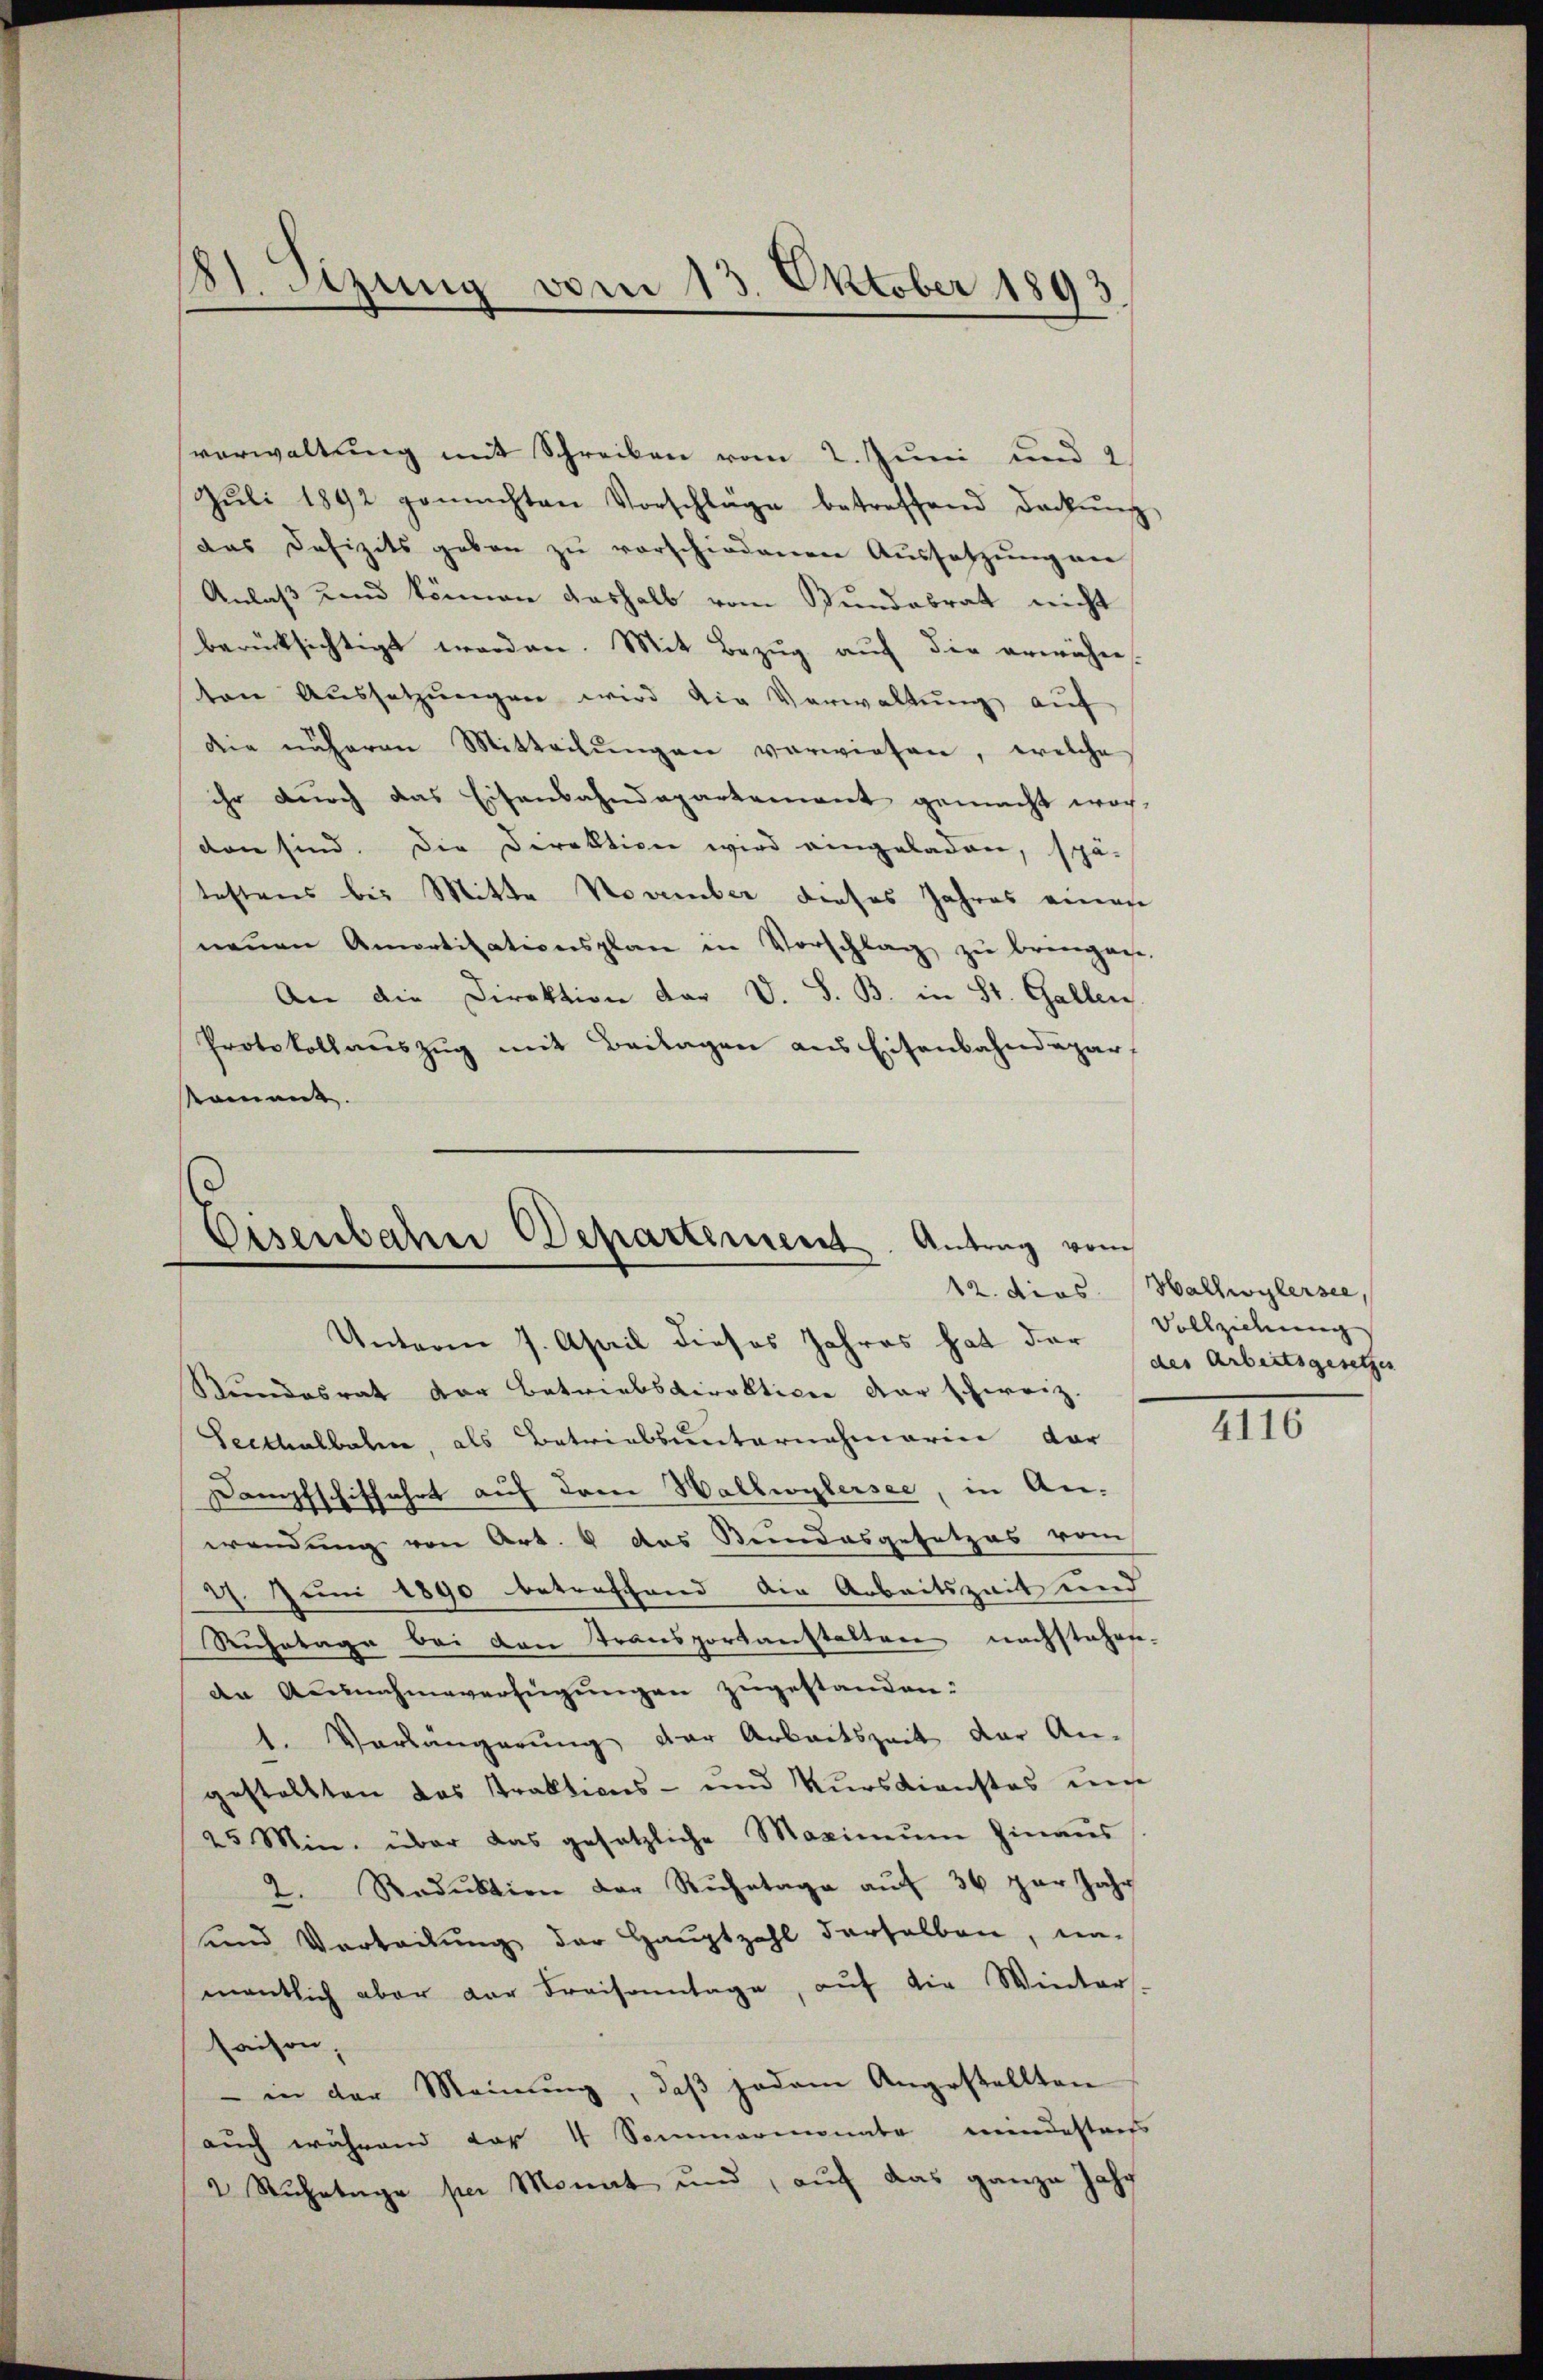
11. Sizung vom 13. Oktober 1893.

verwaltung mit Schreiben vom 2. Juni und
Jŭli 1892 gemachten Vorschläge betreffend deckŭng.
das Defizits geben zŭ verschiedenen Aŭssetzŭng an
Anlaß und können deshalb vom Gundobrat nicht
berücksichtigt werden. Mit Bezug auf die erwähne,
ton Aŭssetzŭngen wird die Verwaltŭng aŭf
Die näheren Mitteilŭngen verwiesen, welche
ihr durch das Eisenbahndepartement gemacht woch
den sind. Die Direktion wird eingeladen, spä-
testens bei Mitte November dieses Jahres einen
neŭen Amortisationsplan in Vorschlag zŭ bringen.
An die Direktion der V. S. B. in St. Gallen.
Protokollauszug mit Beilagen aus Eisenbahndepar
Koment.

Eisenbahn Departement. Antrag vom
Unterm 7. April dieses Jahres hat der arbeitsgenger

Kundesrat der Betriebsdirektione der schweiz.
Seethalbahne, als Betriebsunternehmerin dar
Dampfschiffahrt auf dem Hallwylersee, in An-
wendung von Art. 6 das Stundesgesetzes vom
27. Juni 1890 betreffend die Arbeitszeit und
Ruhetage bei den Transportanstalten nachstehen.
de Ausnahmeverfügungen zugestanden.
1. Vorlängerung der Arbeitszeit der An-
gestellten das Traktions- und Kursdienstes uns
25 Min. über das gesetzliche Maximŭm hinaŭs
2. Radŭktion der Ruhetage aŭf 36 par Jahr
und Verteilŭng der Hauptzahl derselben, un-
mentlich aber der Kraisonntage, auf die Winters-
saison.
 in der Meinung, daß jedem Angestellten
auch während vor 4 Sommermonate mindestaus
2 Ruhetage per Monat und, auf das ganze Jahr

12. Dies Hallwylersee,
Vollziehung

4116